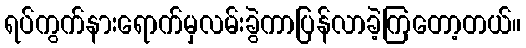
ရပ်ကွက်နားရောက်မှလမ်းခွဲကာပြန်လာခဲ့ကြတော့တယ်။